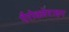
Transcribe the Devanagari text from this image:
पैरोक्जेटाइन